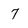
Character: 7